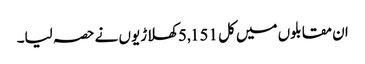
ان مقابلوں میں کل 5,151 کھلاڑیوں نے حصہ لیا۔